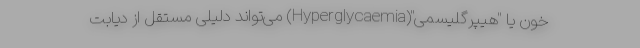
خون یا "هیپرگلیسمی"(Hyperglycaemia) می‌تواند دلیلی مستقل از دیابت